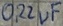
Text: 0,22µF